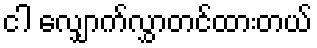
ငါ လျှောက်လွှာတင်ထားတယ်